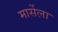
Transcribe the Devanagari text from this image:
मार्सेला